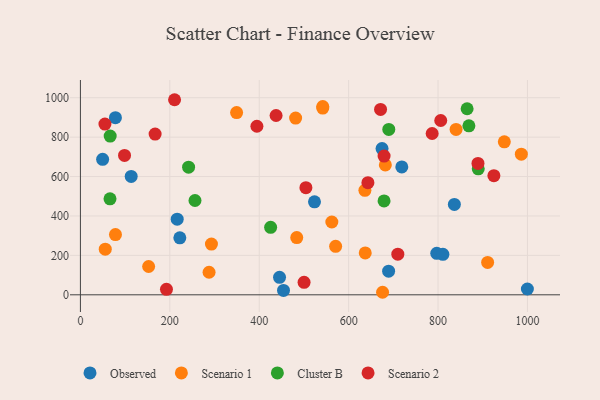
{"axis": {"x": "Speed", "y": "Exam Score"}, "legend": ["Cluster B", "Observed", "Scenario 1", "Scenario 2"], "data": [{"x": "674.7", "y": 742.2, "type": "Observed"}, {"x": "797.1", "y": 210.3, "type": "Observed"}, {"x": "836.5", "y": 458.6, "type": "Observed"}, {"x": "689.4", "y": 120.1, "type": "Observed"}, {"x": "454.3", "y": 22.0, "type": "Observed"}, {"x": "718.9", "y": 648.9, "type": "Observed"}, {"x": "222.4", "y": 289.2, "type": "Observed"}, {"x": "445.4", "y": 88.8, "type": "Observed"}, {"x": "49.7", "y": 687.4, "type": "Observed"}, {"x": "78.3", "y": 899.0, "type": "Observed"}, {"x": "113.6", "y": 600.5, "type": "Observed"}, {"x": "216.5", "y": 383.8, "type": "Observed"}, {"x": "523.6", "y": 471.9, "type": "Observed"}, {"x": "999.8", "y": 29.3, "type": "Observed"}, {"x": "810.8", "y": 205.2, "type": "Observed"}, {"x": "682.1", "y": 659.0, "type": "Scenario 1"}, {"x": "636.4", "y": 529.9, "type": "Scenario 1"}, {"x": "948.2", "y": 776.5, "type": "Scenario 1"}, {"x": "910.9", "y": 164.4, "type": "Scenario 1"}, {"x": "675.9", "y": 12.8, "type": "Scenario 1"}, {"x": "840.3", "y": 839.2, "type": "Scenario 1"}, {"x": "562.4", "y": 369.4, "type": "Scenario 1"}, {"x": "287.8", "y": 114.3, "type": "Scenario 1"}, {"x": "152.6", "y": 143.5, "type": "Scenario 1"}, {"x": "986.3", "y": 713.6, "type": "Scenario 1"}, {"x": "55.6", "y": 231.6, "type": "Scenario 1"}, {"x": "637.1", "y": 212.5, "type": "Scenario 1"}, {"x": "481.4", "y": 896.9, "type": "Scenario 1"}, {"x": "483.9", "y": 290.5, "type": "Scenario 1"}, {"x": "78.4", "y": 305.4, "type": "Scenario 1"}, {"x": "542.1", "y": 947.7, "type": "Scenario 1"}, {"x": "349.4", "y": 924.8, "type": "Scenario 1"}, {"x": "293.1", "y": 257.5, "type": "Scenario 1"}, {"x": "570.9", "y": 245.9, "type": "Scenario 1"}, {"x": "542.1", "y": 955.3, "type": "Scenario 1"}, {"x": "689.8", "y": 839.0, "type": "Cluster B"}, {"x": "66.6", "y": 805.2, "type": "Cluster B"}, {"x": "679.2", "y": 476.5, "type": "Cluster B"}, {"x": "66.2", "y": 487.2, "type": "Cluster B"}, {"x": "425.5", "y": 342.3, "type": "Cluster B"}, {"x": "865.0", "y": 944.1, "type": "Cluster B"}, {"x": "242.0", "y": 647.6, "type": "Cluster B"}, {"x": "889.9", "y": 639.4, "type": "Cluster B"}, {"x": "869.0", "y": 857.5, "type": "Cluster B"}, {"x": "256.3", "y": 478.5, "type": "Cluster B"}, {"x": "192.5", "y": 27.9, "type": "Scenario 2"}, {"x": "786.8", "y": 818.6, "type": "Scenario 2"}, {"x": "889.3", "y": 666.7, "type": "Scenario 2"}, {"x": "806.0", "y": 884.6, "type": "Scenario 2"}, {"x": "671.4", "y": 940.8, "type": "Scenario 2"}, {"x": "98.7", "y": 707.3, "type": "Scenario 2"}, {"x": "924.9", "y": 604.7, "type": "Scenario 2"}, {"x": "679.3", "y": 704.0, "type": "Scenario 2"}, {"x": "210.6", "y": 989.9, "type": "Scenario 2"}, {"x": "710.0", "y": 206.3, "type": "Scenario 2"}, {"x": "500.3", "y": 63.1, "type": "Scenario 2"}, {"x": "437.7", "y": 909.8, "type": "Scenario 2"}, {"x": "643.1", "y": 569.0, "type": "Scenario 2"}, {"x": "504.4", "y": 543.8, "type": "Scenario 2"}, {"x": "394.8", "y": 855.2, "type": "Scenario 2"}, {"x": "167.1", "y": 815.5, "type": "Scenario 2"}, {"x": "54.9", "y": 866.1, "type": "Scenario 2"}]}